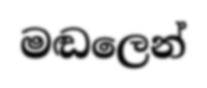
මඬලෙන්